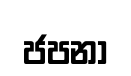
ජපනා